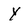
Character: Y